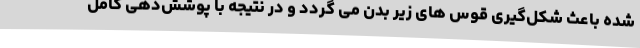
شده باعث شکل‌گیری قوس های زیر بدن می گردد و در نتیجه با پوشش‌دهی کامل